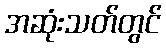
အဆုံးသတ်တွင်